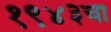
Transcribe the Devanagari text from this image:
१९४३चा